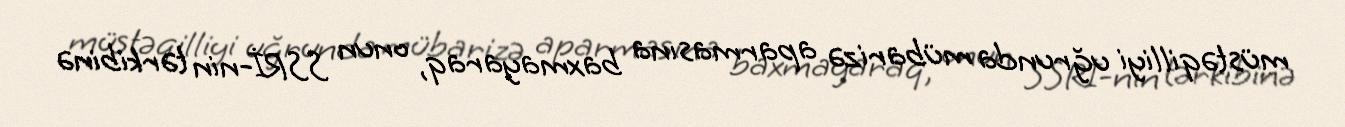
müstəqilliyi uğrunda mübarizə aparmasına baxmayaraq, onun SSRİ-nin tərkibinə